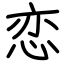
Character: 恋